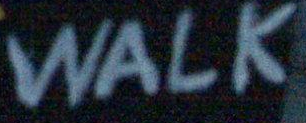
WALK